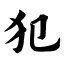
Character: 犯